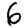
Digit: 6